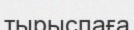
тырыспаға